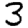
Digit: 3